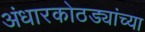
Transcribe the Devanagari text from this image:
अंधारकोठड्यांच्या